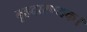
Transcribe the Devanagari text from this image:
बृहदारण्यक।